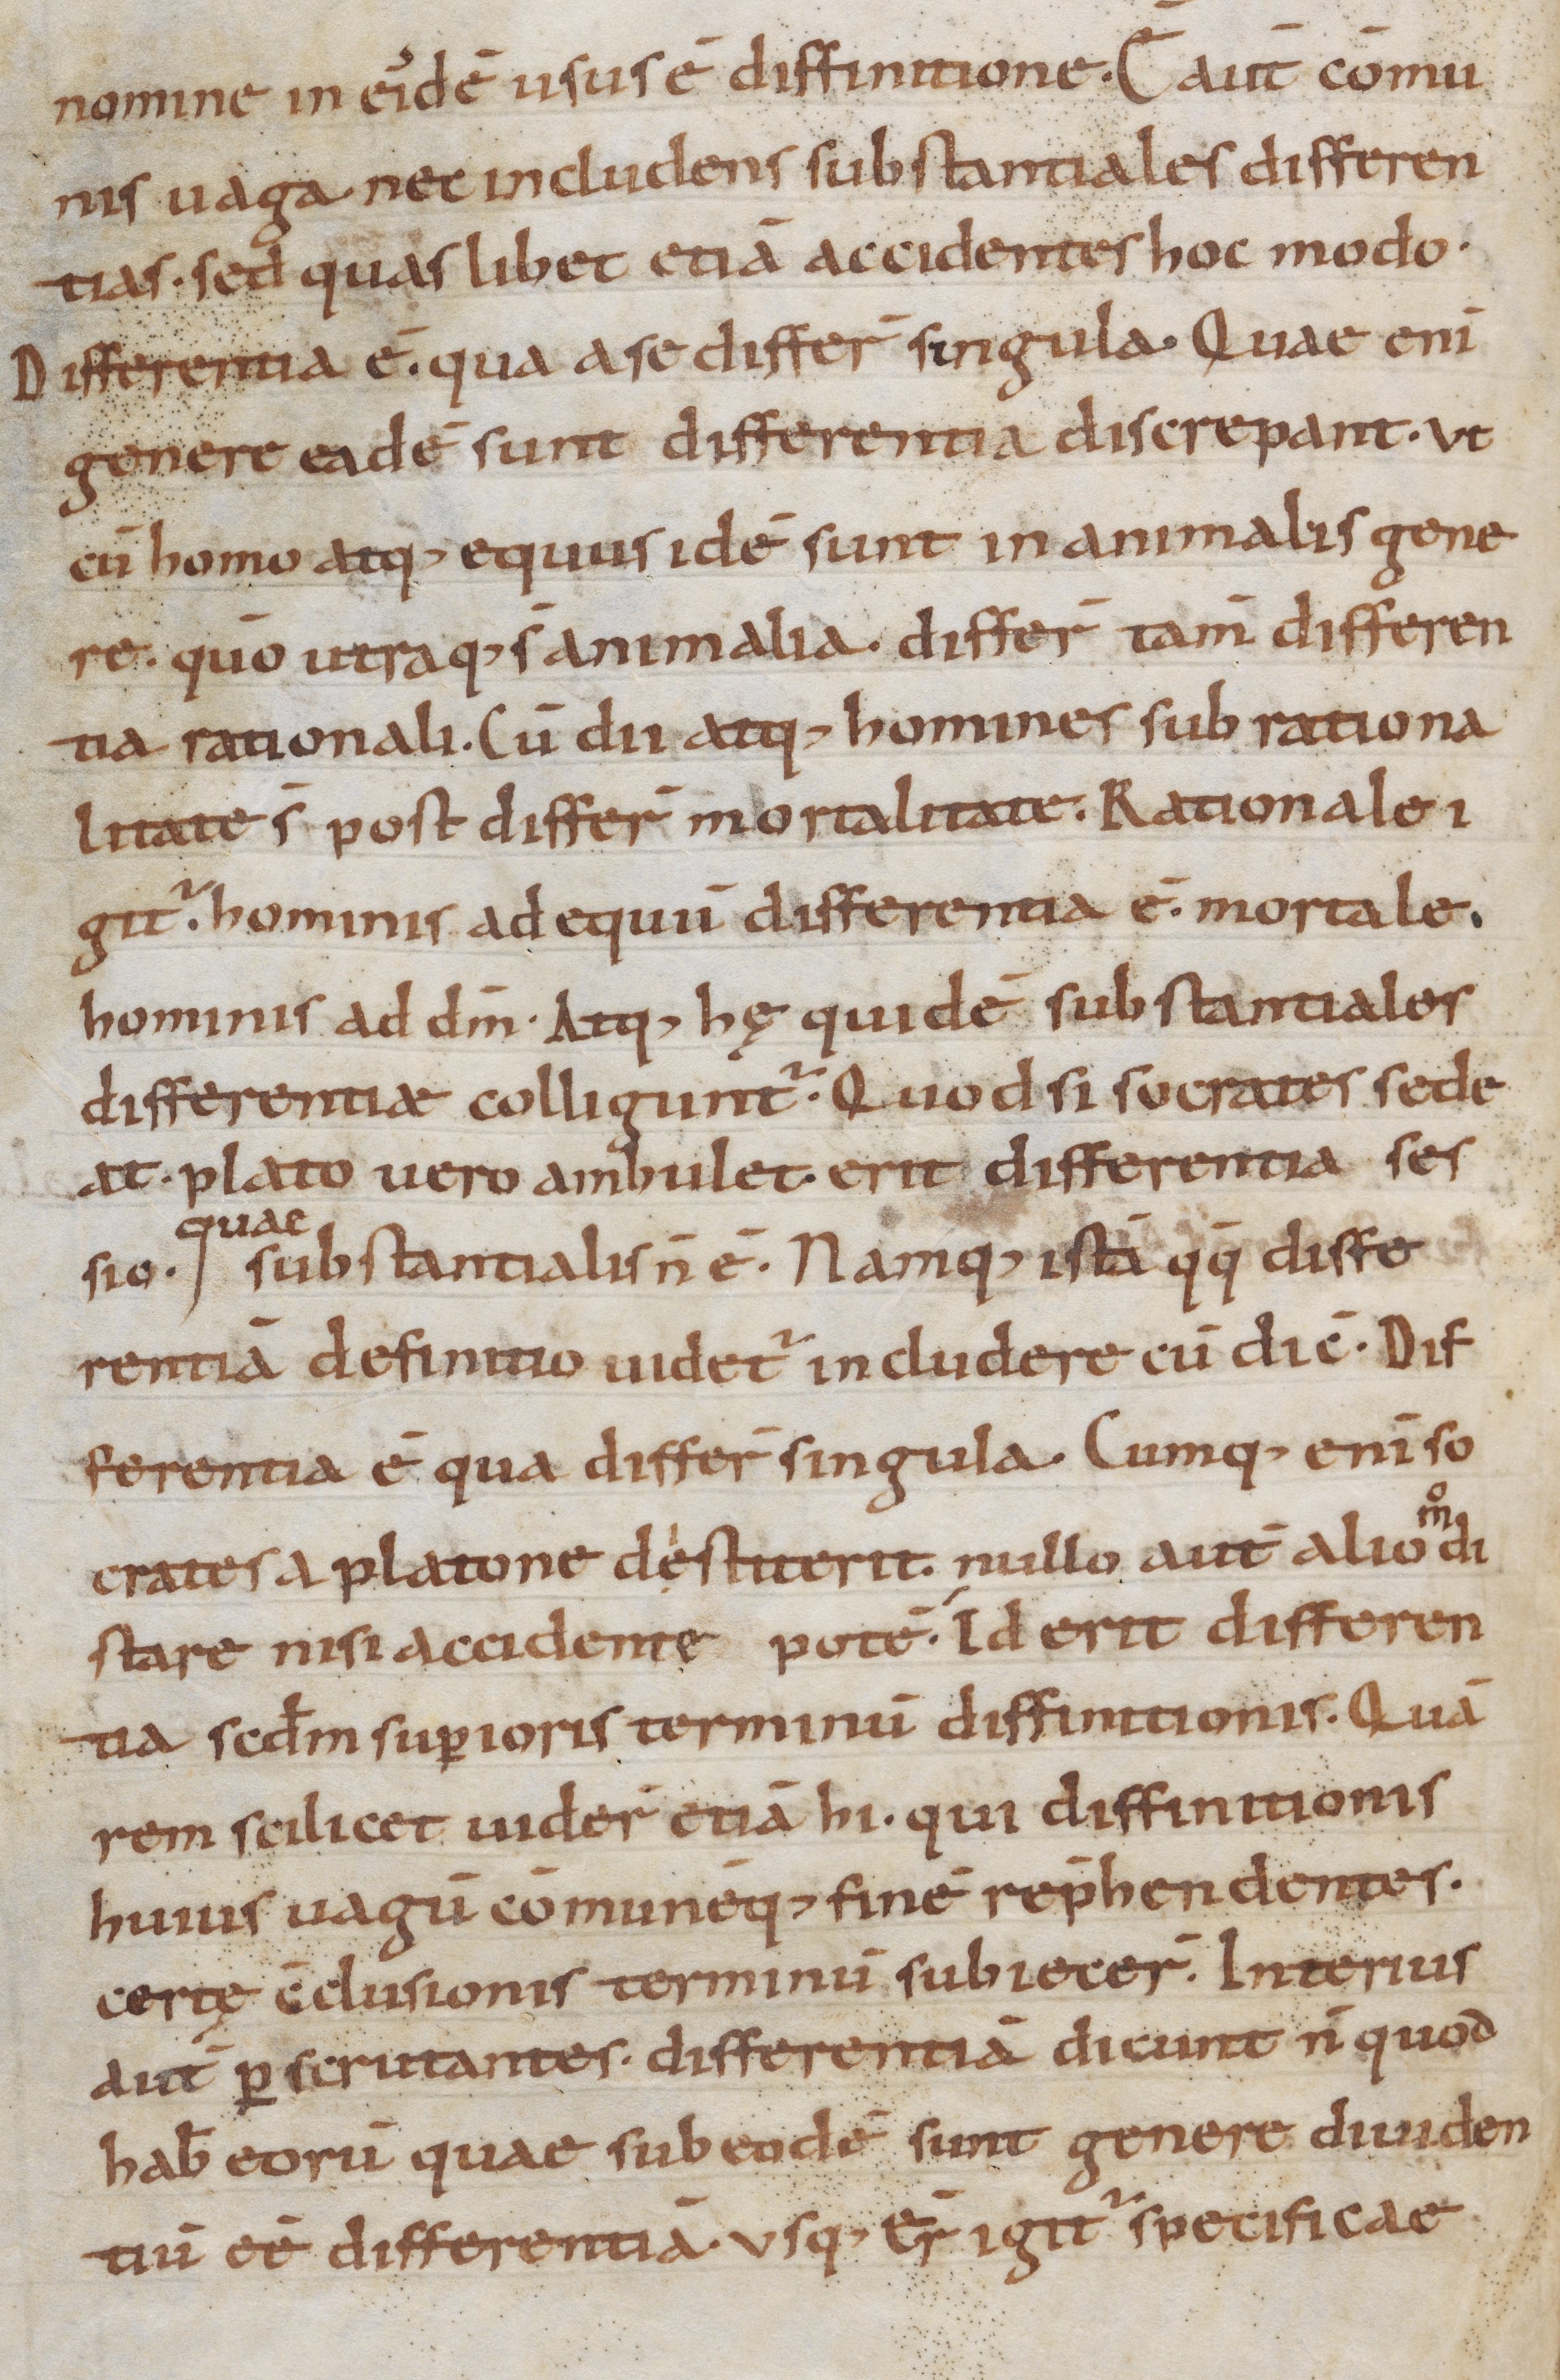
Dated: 900–999